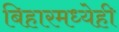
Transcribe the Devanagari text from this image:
बिहारमध्येही